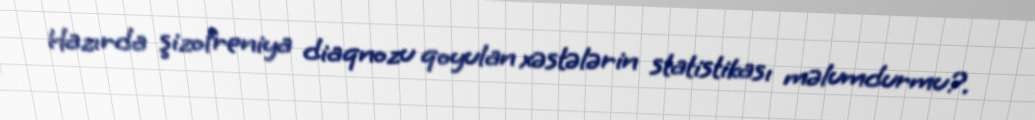
Hazırda şizofreniya diaqnozu qoyulan xəstələrin statistikası məlumdurmu?.